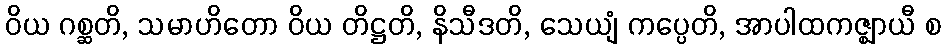
ဝိယ ဂစ္ဆတိ, သမာဟိတော ဝိယ တိဋ္ဌတိ, နိသီဒတိ, သေယျံ ကပ္ပေတိ, အာပါထကဇ္ဈာယီ စ